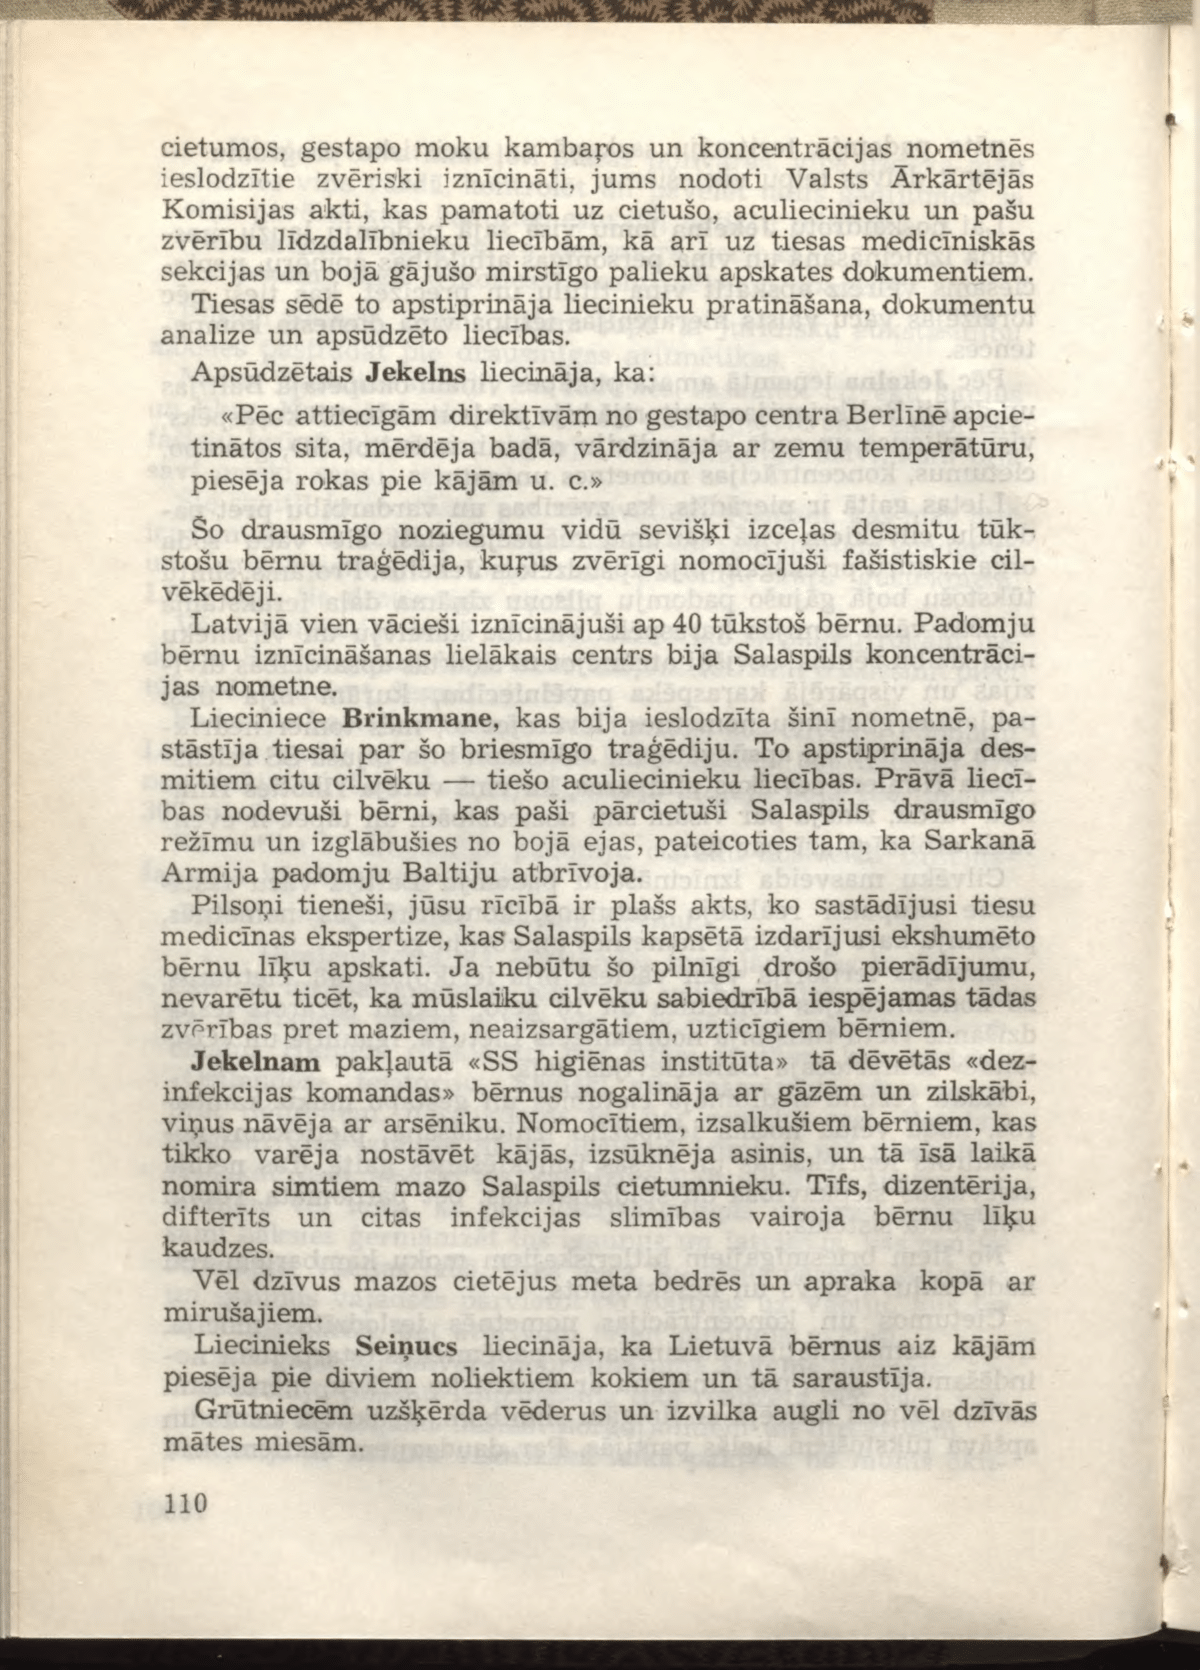
Language: lv